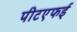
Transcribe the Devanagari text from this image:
पीटएफई